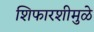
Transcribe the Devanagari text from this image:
शिफारशीमुळे